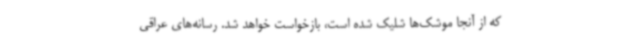
که از آنجا موشک‌ها شلیک شده است، بازخواست خواهد شد. رسانه‌های عراقی